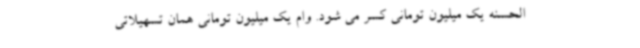
الحسنه یک میلیون تومانی کسر می شود. وام یک میلیون تومانی همان تسهیلاتی